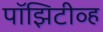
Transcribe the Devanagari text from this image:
पॉझिटीव्ह